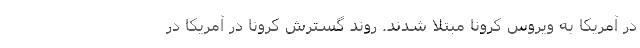
در آمریکا به ویروس کرونا مبتلا شدند. روند گسترش کرونا در آمریکا در